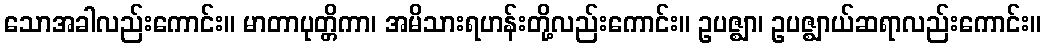
သောအခါလည်းကောင်း။ မာတာပုတ္တိကာ၊ အမိသားရဟန်းတို့လည်းကောင်း။ ဥပဇ္ဈာ၊ ဥပဇ္ဈာယ်ဆရာလည်းကောင်း။